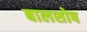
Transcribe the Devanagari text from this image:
बालशोष